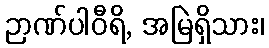
ဉာဏ်ပါဝီရိ, အမြဲရှိသား၊